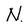
Character: N